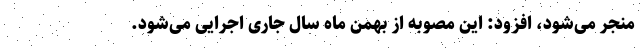
منجر می‌شود، افزود: این مصوبه از بهمن ماه سال جاری اجرایی می‌شود.